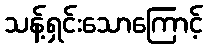
သန့်ရှင်းသောကြောင့်